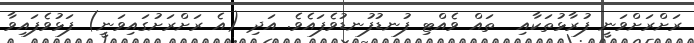
ރަށްރަށްވަނީ ފުރާޅުތަކާއި  ތައް ވެއްޓި ފުނޑުފުނޑުވެފައެވެ. އަދި (އެ ރަށްރަށުގައިވަނީ) ފަޅުވެފައިވާ